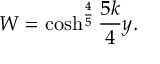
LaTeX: W = \cosh ^ { \frac { 4 } { 5 } } \frac { 5 k } { 4 } y .